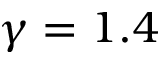
\gamma = 1 . 4